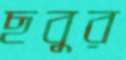
ছবুর